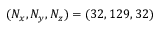
( N _ { x } , N _ { y } , N _ { z } ) = ( 3 2 , 1 2 9 , 3 2 )